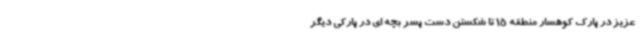
عزیز در پارک کوهسار منطقه 15 تا شکستن دست پسر بچه ای در پارکی دیگر